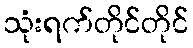
သုံးရက်တိုင်တိုင်